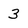
Character: 3